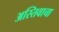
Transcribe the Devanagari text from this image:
अस्तिवाचा